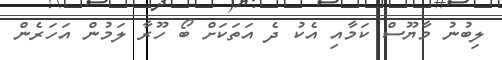
ލިބުނު މާޔޫސް ކަމާއި އެކު ދެ އަތަކަށް ބޯ ހޫރާ ލަމުން އަހަރެން